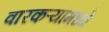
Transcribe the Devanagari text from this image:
वारकऱ्यांमध्ये